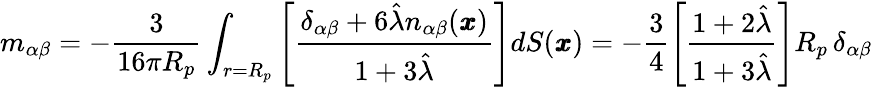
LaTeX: m_{\alpha\beta}=-\frac{3}{16\pi R_{p}}\int_{r=R_{p}}\left[\frac{\delta_{\alpha\beta}+6\hat{\lambda}n_{\alpha\beta}(\pmb x)}{1+3\hat{\lambda}}\right]dS(\pmb x)=-\frac{3}{4}\left[\frac{1+2\hat{\lambda}}{1+3\hat{\lambda}}\right]R_{p}\, \delta_{\alpha\beta}